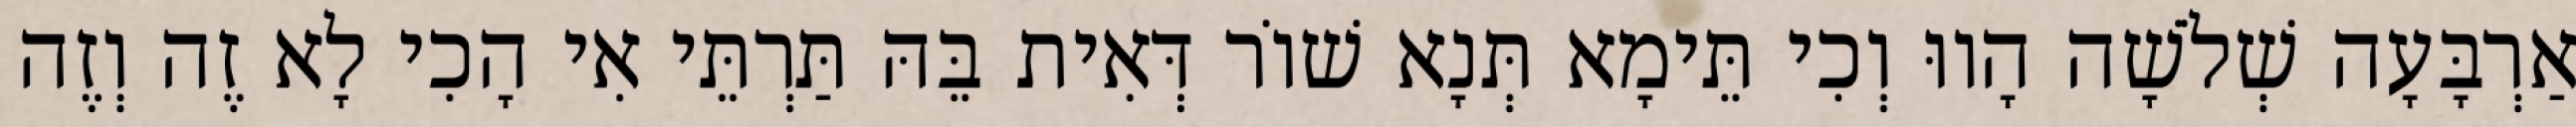
אַרְבָּעָה שְׁלֹשָׁה הָווּ וְכִי תֵּימָא תְּנָא שׁוֹר דְּאִית בֵּהּ תַּרְתֵּי אִי הָכִי לָא זֶה וְזֶה